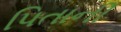
પિતાની